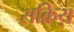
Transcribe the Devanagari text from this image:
सक्रिय़